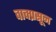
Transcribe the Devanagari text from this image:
वाक्प्रसून